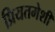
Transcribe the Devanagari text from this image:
प्रियतमेशी